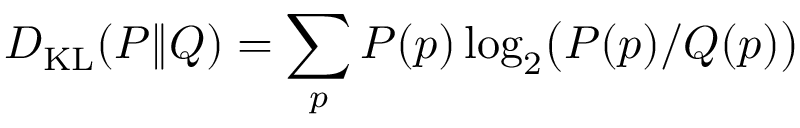
D _ { \mathrm { { K L } } } ( P \Vert Q ) = \sum _ { p } P ( p ) \log _ { 2 } \bigl ( P ( p ) / Q ( p ) \bigr )